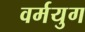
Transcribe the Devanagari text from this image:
वर्मयुग